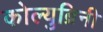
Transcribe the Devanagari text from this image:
कोल्युब्रिनी